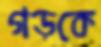
গড়কে